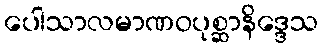
ပေါသာလမာဏဝပုစ္ဆာနိဒ္ဒေသ